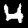
Digit: 4